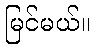
မြင်မယ်။